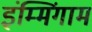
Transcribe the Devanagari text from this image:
इंम्मिंगाम